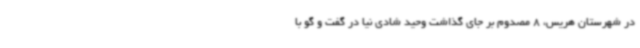
در شهرستان هریس، 8 مصدوم بر جای گذاشت وحید شادی نیا در گفت و گو با